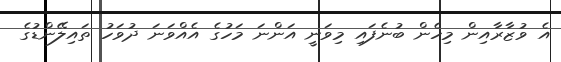
އެ ވުޒާރާއިން މިހެން ބުނެފައި މިވަނީ އަންނަ މަހުގެ އެއްވަނަ ދުވަހު ތައިލޭންޑުގެ